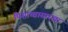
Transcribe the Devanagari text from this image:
पिशाच्चासारखा